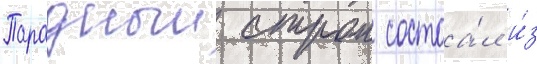
Парадныи строи состоа́л и́з